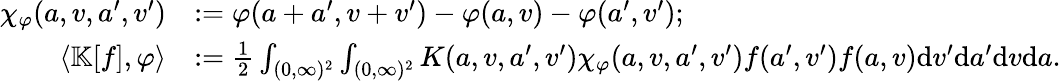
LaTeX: \begin{array}{rl}{\chi_{\varphi}(a,v,a^{\prime},v^{\prime})}&{:=\varphi(a+a^{\prime},v+v^{\prime})-\varphi(a,v)-\varphi(a^{\prime},v^{\prime});}\\ {\langle\mathbb{K}[f],\varphi\rangle}&{:=\frac{1}{2}\int_{(0,\infty)^{2}}\int_{(0,\infty)^{2}}K(a,v,a^{\prime},v^{\prime})\chi_{\varphi}(a,v,a^{\prime},v^{\prime})f(a^{\prime},v^{\prime})f(a,v)\textup{d}v^{\prime}\textup{d}a^{\prime}\textup{d}v\textup{d}a.}\end{array}